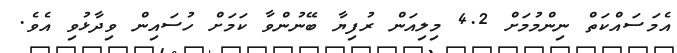
އެމަސައްކަތް ނިންމުމަށް 4.2 މިލިއަން ރުފިޔާ ބޭނުންވާ ކަމަށް ހުސައިން ވިދާޅުވި އެވެ.